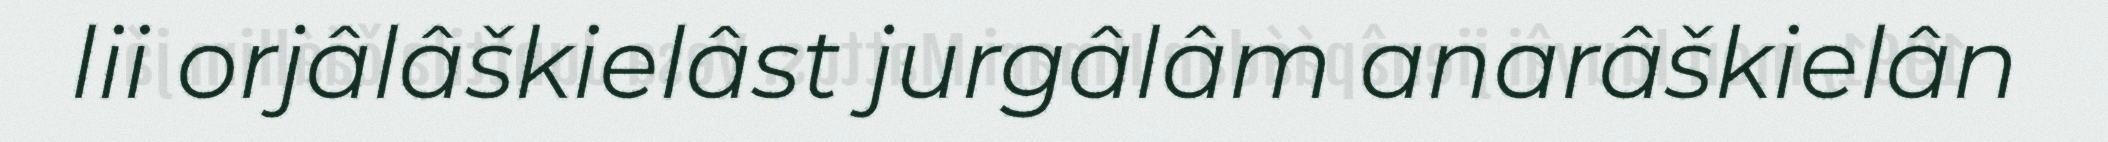
lii orjâlâškielâst jurgâlâm anarâškielân